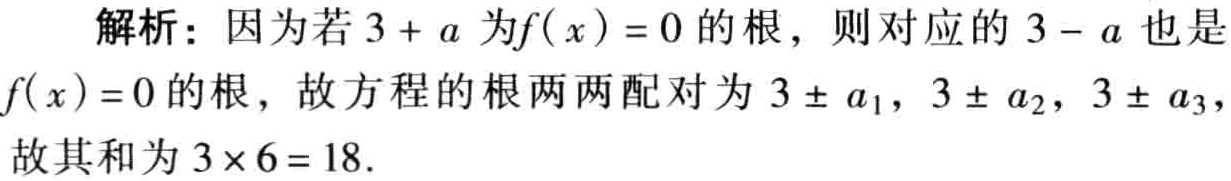
解析：因为若\(3 + a\)为\(f(x)=0\)的根，则对应的\(3 - a\)也是\(f(x)=0\)的根，故方程的根两两配对为\(3\pm a_{1}\)，\(3\pm a_{2}\)，\(3\pm a_{3}\)，故其和为\(3\times 6 = 18\).